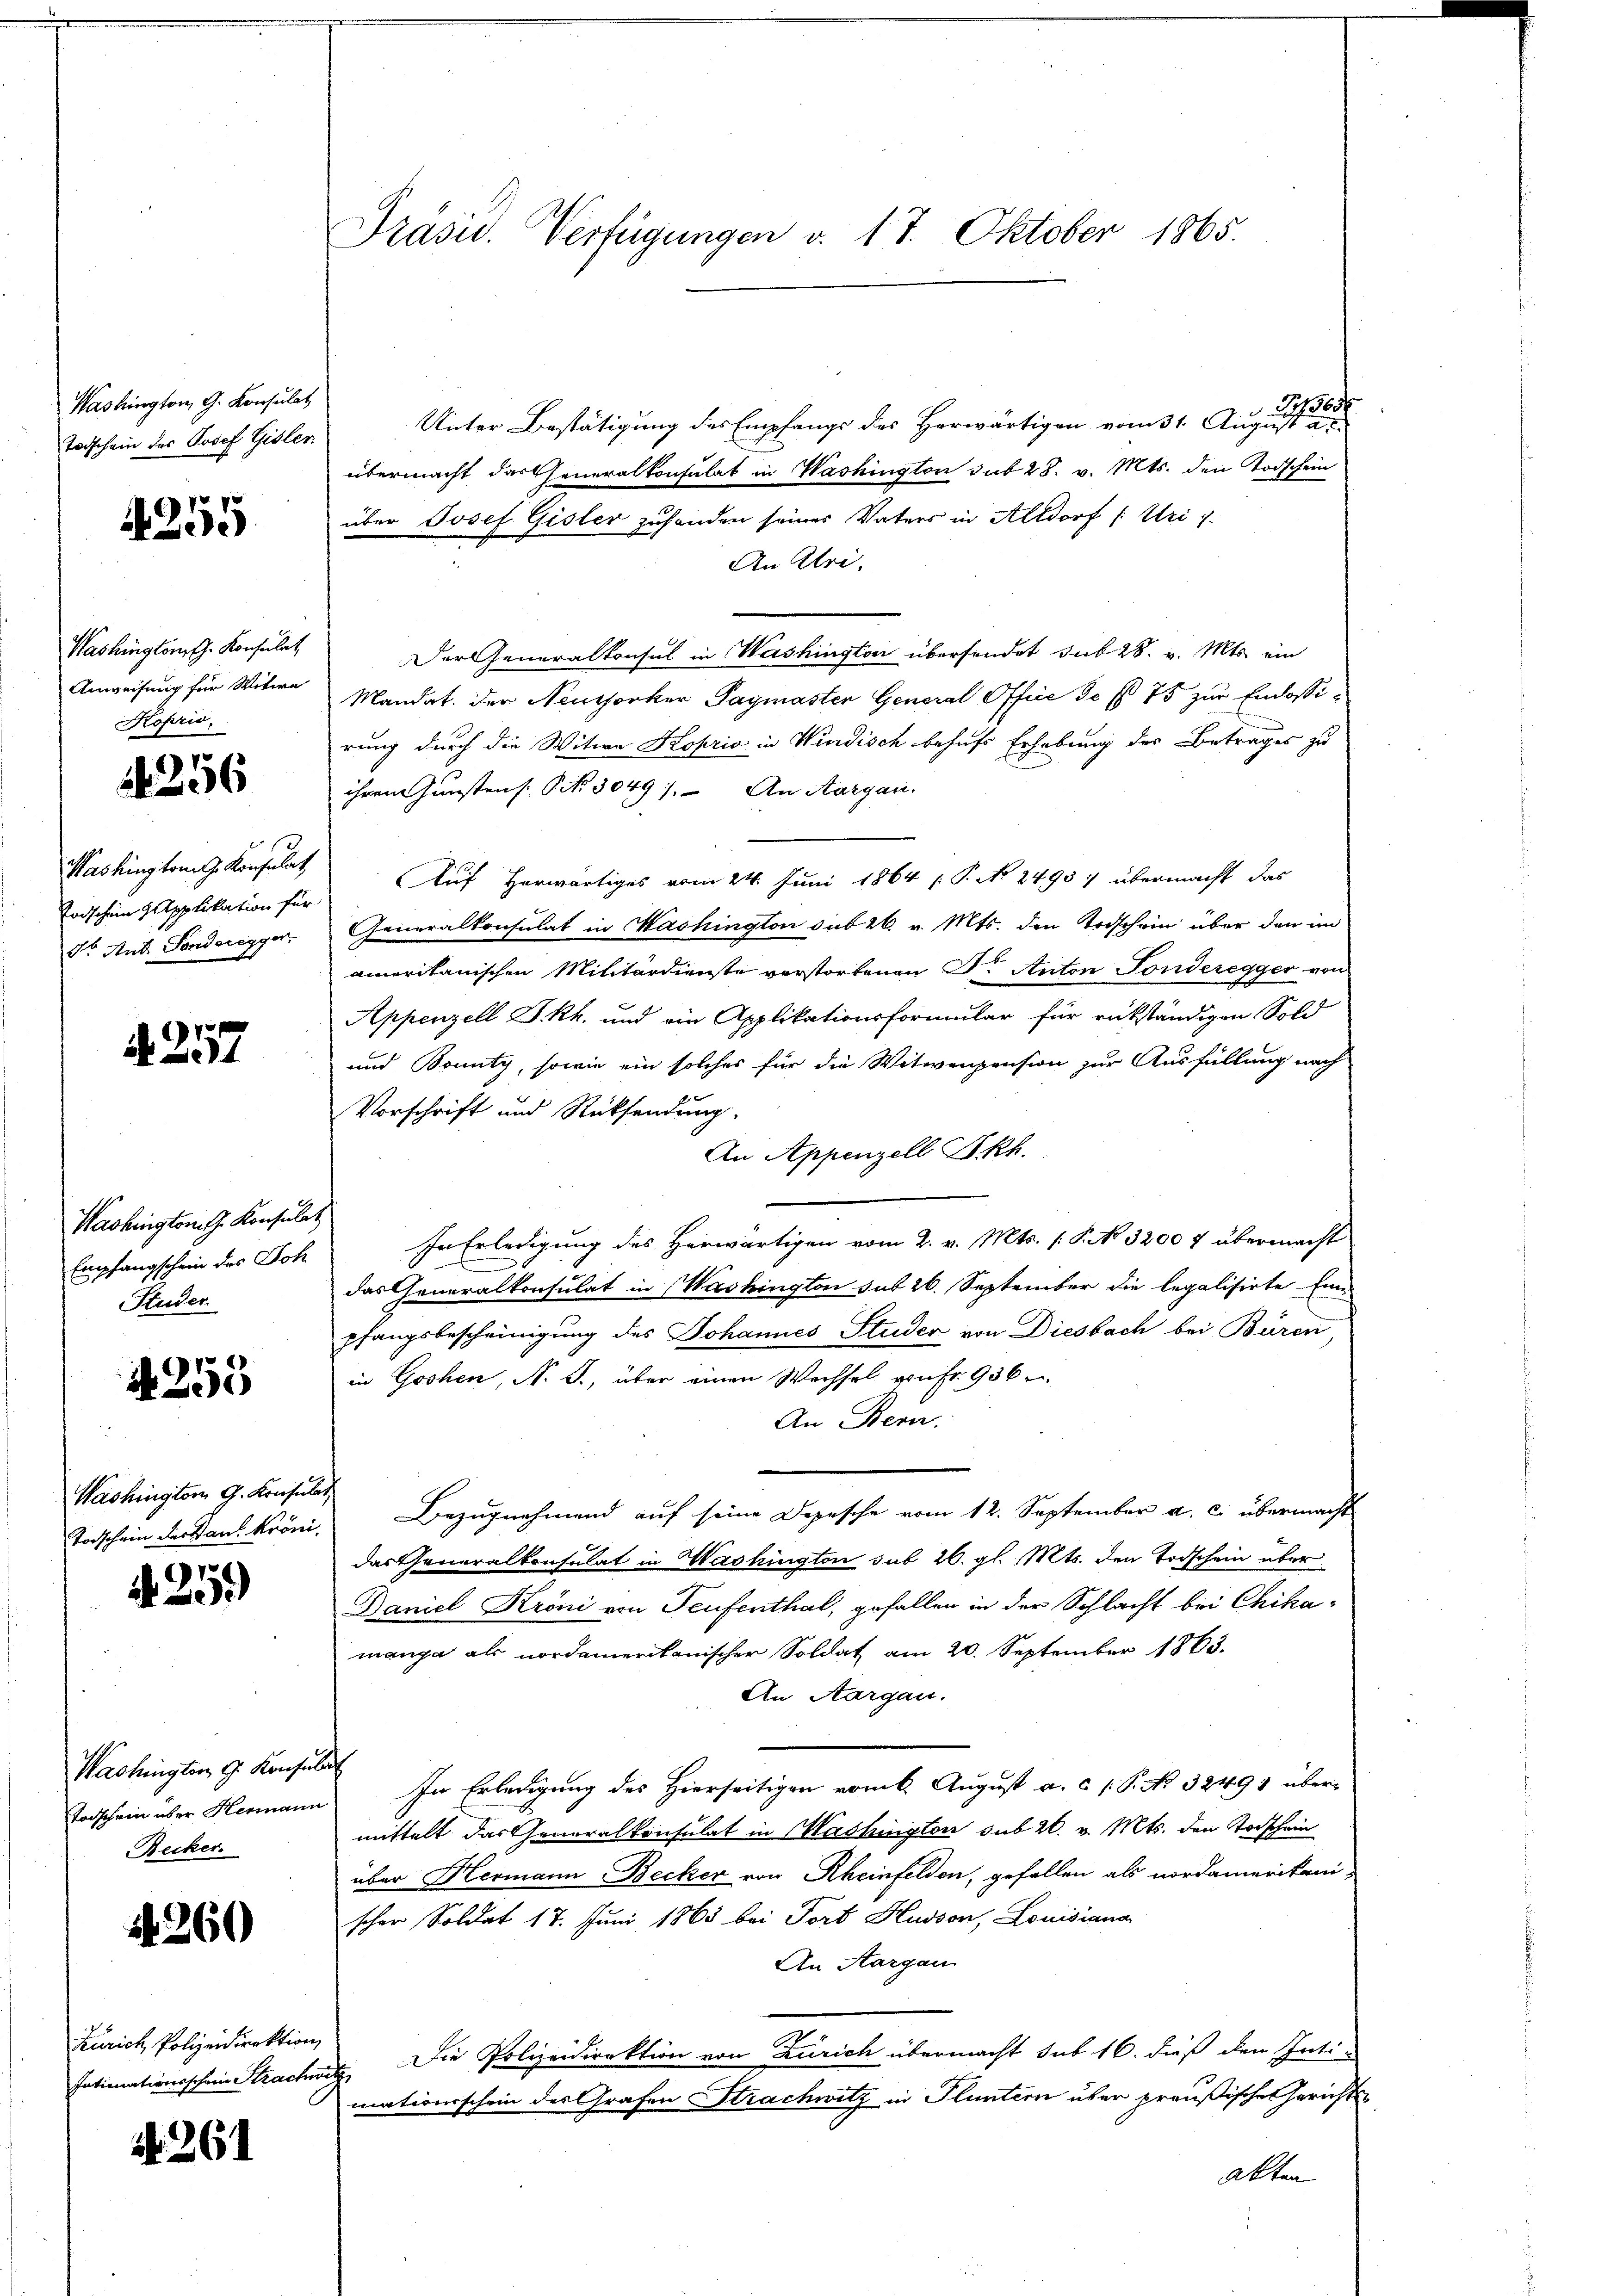
Washington, G. Konsulat
Todschein des Josef Gisler.

4255

Washington G. Konsulat
Koprio.

256

Washington Konsulat
Todschein Applikation für
d Ant. Sonderegger,

p
 Zist

Washington G. Konsulat
Empfangschein des Joh
Studer

4259

Washington G. Konsulat
Todschein der kans Kröni¬
91

200

Washingten G. Konsul
Todschein über Hermann
Recker.

. 260

Zürich, Polizeidirektion
Intimationsschein Stractir

No. 261

Präsid. Verfügungen v. 17. Oktober 1865.

243688
Unter Bestätigung des Empfangs des Herwärtigen vom 31. August au
übermacht das Generalkonsulat in Washington sub 28. v. Mts. dem Todschein
über Josef Gisler zufanden seiner Vaters in Altdorf (: Uri i
An Uri,
Der Generalkonsul in Washington übersendet sub 28. v. Mts. ein
Anweisung für Witwe Mandat. Der Neuthorher Paymasten General Office de § 75 zur Einlassirung durch die Witwe Koprio in Windisch behufs Erhebung der Betrages zu
ihrem Gunstens. S. 3049). An Aargau.
Auf Herwärtiges vom 24. Juni 1864 (P. No 2495: übermacht das
Generalkonsulat in Washington sub 26. v. Mts. den Todschein über den im
amerikanischen Militärdienste verstorbenen Dr. Anton Fonderegger von
Appenzell I.Rh. und ein Applikationsformular für rükständigen Sold
und Bounty, sowie ein solches für die Witwenpension zur Ausfüllung nach
Vorschrift und Rücksendung.
An Appenzell Skh.
In Erledigung des Herwärtigen vom 2. v. Mts. s. S. 3200 f übermacht
das Generalkonsulat in Washington sub 26. September die legalisirte Ein
pfangsbescheinigung des Johannes Studer von Diesbach bei Buren
in Goshen, N. S., über einen Wechsel von Fr. 936 r
An Bern,
Bezugnehmend auf seine Depesche vom 12. September a. c. übermacht
das Generalkonsulat in Washington sub 26. gl. Mts. den Todschein über
Baniel Kröni von Teufenthal, gefallen in der Schlacht bei Chikamanga als nordamerikanischer Soldat am 20. September 1863.
An Aargau.
In Erledigung des Hierseitigen vom 6. August a. c. P. No 32491 übermittelt das Generalkonsulat in Mashington sub 20. v. Mts. den Todschein
über Hermann Becker von Rheinfelden, gefallen als nordamerikani-
scher Soldat 17. Juni 1863 bei Torb Hudson, Louisiana
An Aargau
 Die Polizeidirektion von Zürich übermacht sub 16. dieß den Inti-
mationsschein des Grafen Strachwitz in Fluntern über preußischen Gerichts¬
Akten